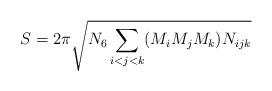
LaTeX: \begin{align*}S = 2\pi \sqrt{N_6 \sum_{i<j<k} (M_i M_j M_k) N_{ijk}}\end{align*}